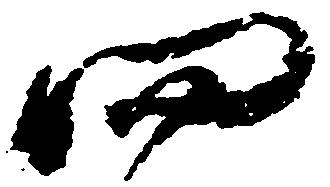
四